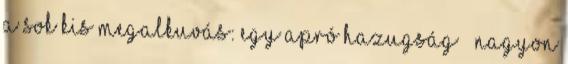
a sok kis megalkuvás: egy apró hazugság – nagyon